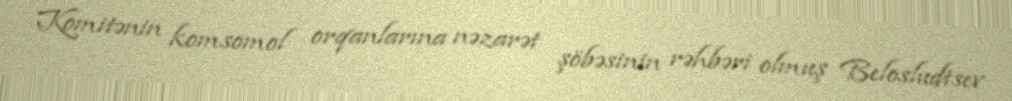
Komitənin komsomol orqanlarına nəzarət şöbəsinin rəhbəri olmuş Belosludtsev